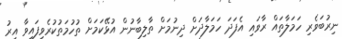
ނިރުބަވެރި ހަމަލާތައް ރާވައި އެފަދަ ހަމަލާދަށް ދިނުމަށް ތާލިބާނުން އުޅޭކަމަށް ތުހުމަތުކުރެވިފައިވާ އިރު